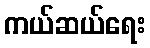
ကယ်ဆယ်ရေး